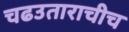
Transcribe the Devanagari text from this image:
चढउताराचीच